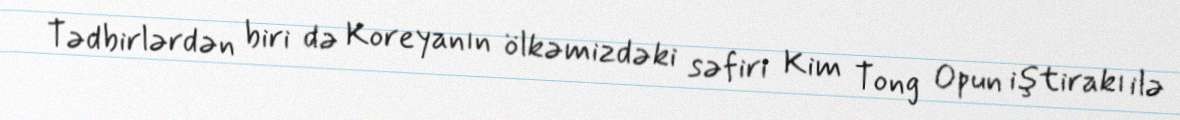
Tədbirlərdən biri də Koreyanın ölkəmizdəki səfiri Kim Tong Opun iştirakı ilə